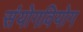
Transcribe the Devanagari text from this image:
संयोगवियोग